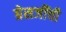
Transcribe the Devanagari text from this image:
ग्रेसजींची